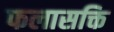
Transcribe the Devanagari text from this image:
फलासक्ति